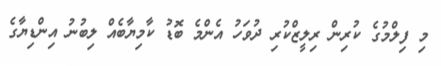
މި ފިލްމުގެ ކުރިން ރިލީޒްކުރި ދުވަހު އެންމެ ބޮޑު ކާމިޔާބެއް ލިބުނު އިންޑިޔާގެ